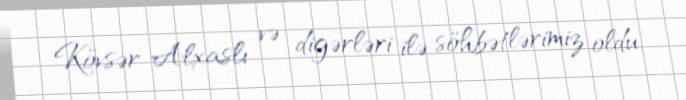
Kövsər Alxaslı və digərləri ilə söhbətlərimiz oldu.